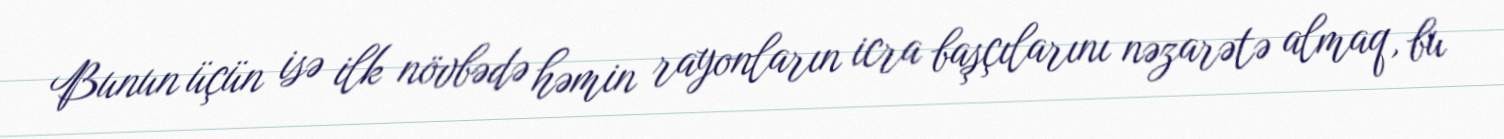
Bunun üçün isə ilk növbədə həmin rayonların icra başçılarını nəzarətə almaq, bu